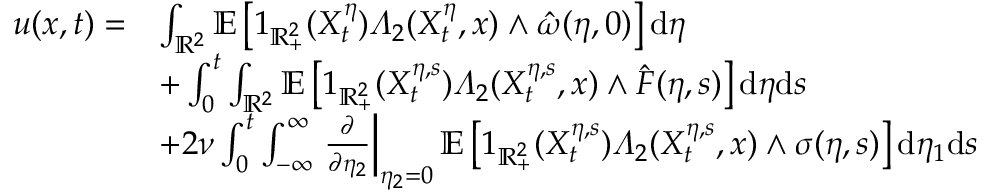
\begin{array} { r l } { u ( x , t ) = } & { \int _ { \mathbb { R } ^ { 2 } } \mathbb { E } \left[ 1 _ { \mathbb { R } _ { + } ^ { 2 } } ( X _ { t } ^ { \eta } ) \varLambda _ { 2 } ( X _ { t } ^ { \eta } , x ) \wedge \hat { \omega } ( \eta , 0 ) \right] \mathrm { d } \eta } \\ & { + \int _ { 0 } ^ { t } \int _ { \mathbb { R } ^ { 2 } } \mathbb { E } \left[ 1 _ { \mathbb { R } _ { + } ^ { 2 } } ( X _ { t } ^ { \eta , s } ) \varLambda _ { 2 } ( X _ { t } ^ { \eta , s } , x ) \wedge \hat { F } ( \eta , s ) \right] \mathrm { d } \eta \mathrm { d } s } \\ & { + 2 \nu \int _ { 0 } ^ { t } \int _ { - \infty } ^ { \infty } \left. \frac { \partial } { \partial \eta _ { 2 } } \right| _ { \eta _ { 2 } = 0 } \mathbb { E } \left[ 1 _ { \mathbb { R } _ { + } ^ { 2 } } ( X _ { t } ^ { \eta , s } ) \varLambda _ { 2 } ( X _ { t } ^ { \eta , s } , x ) \wedge \sigma ( \eta , s ) \right] \mathrm { d } \eta _ { 1 } \mathrm { d } s } \end{array}